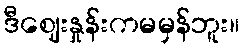
ဒီဈေးနှုန်းကမမှန်ဘူး။